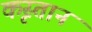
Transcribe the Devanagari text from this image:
कृस्तान